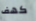
كهف